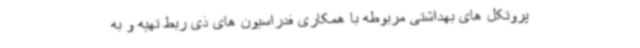
پروتکل های بهداشتی مربوطه با همکاری فدراسیون های ذی ربط تهیه و به